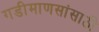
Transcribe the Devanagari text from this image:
गडीमाणसांसाठी